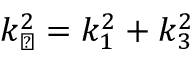
k _ { \perp } ^ { 2 } = k _ { 1 } ^ { 2 } + k _ { 3 } ^ { 2 }